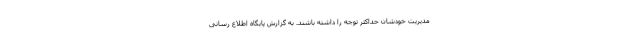
مدیریت خودشان حداکثر توجه را داشته باشند. به گزارش پایگاه اطلاع رسانی